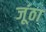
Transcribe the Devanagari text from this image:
जूंठा